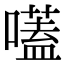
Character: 𡀽